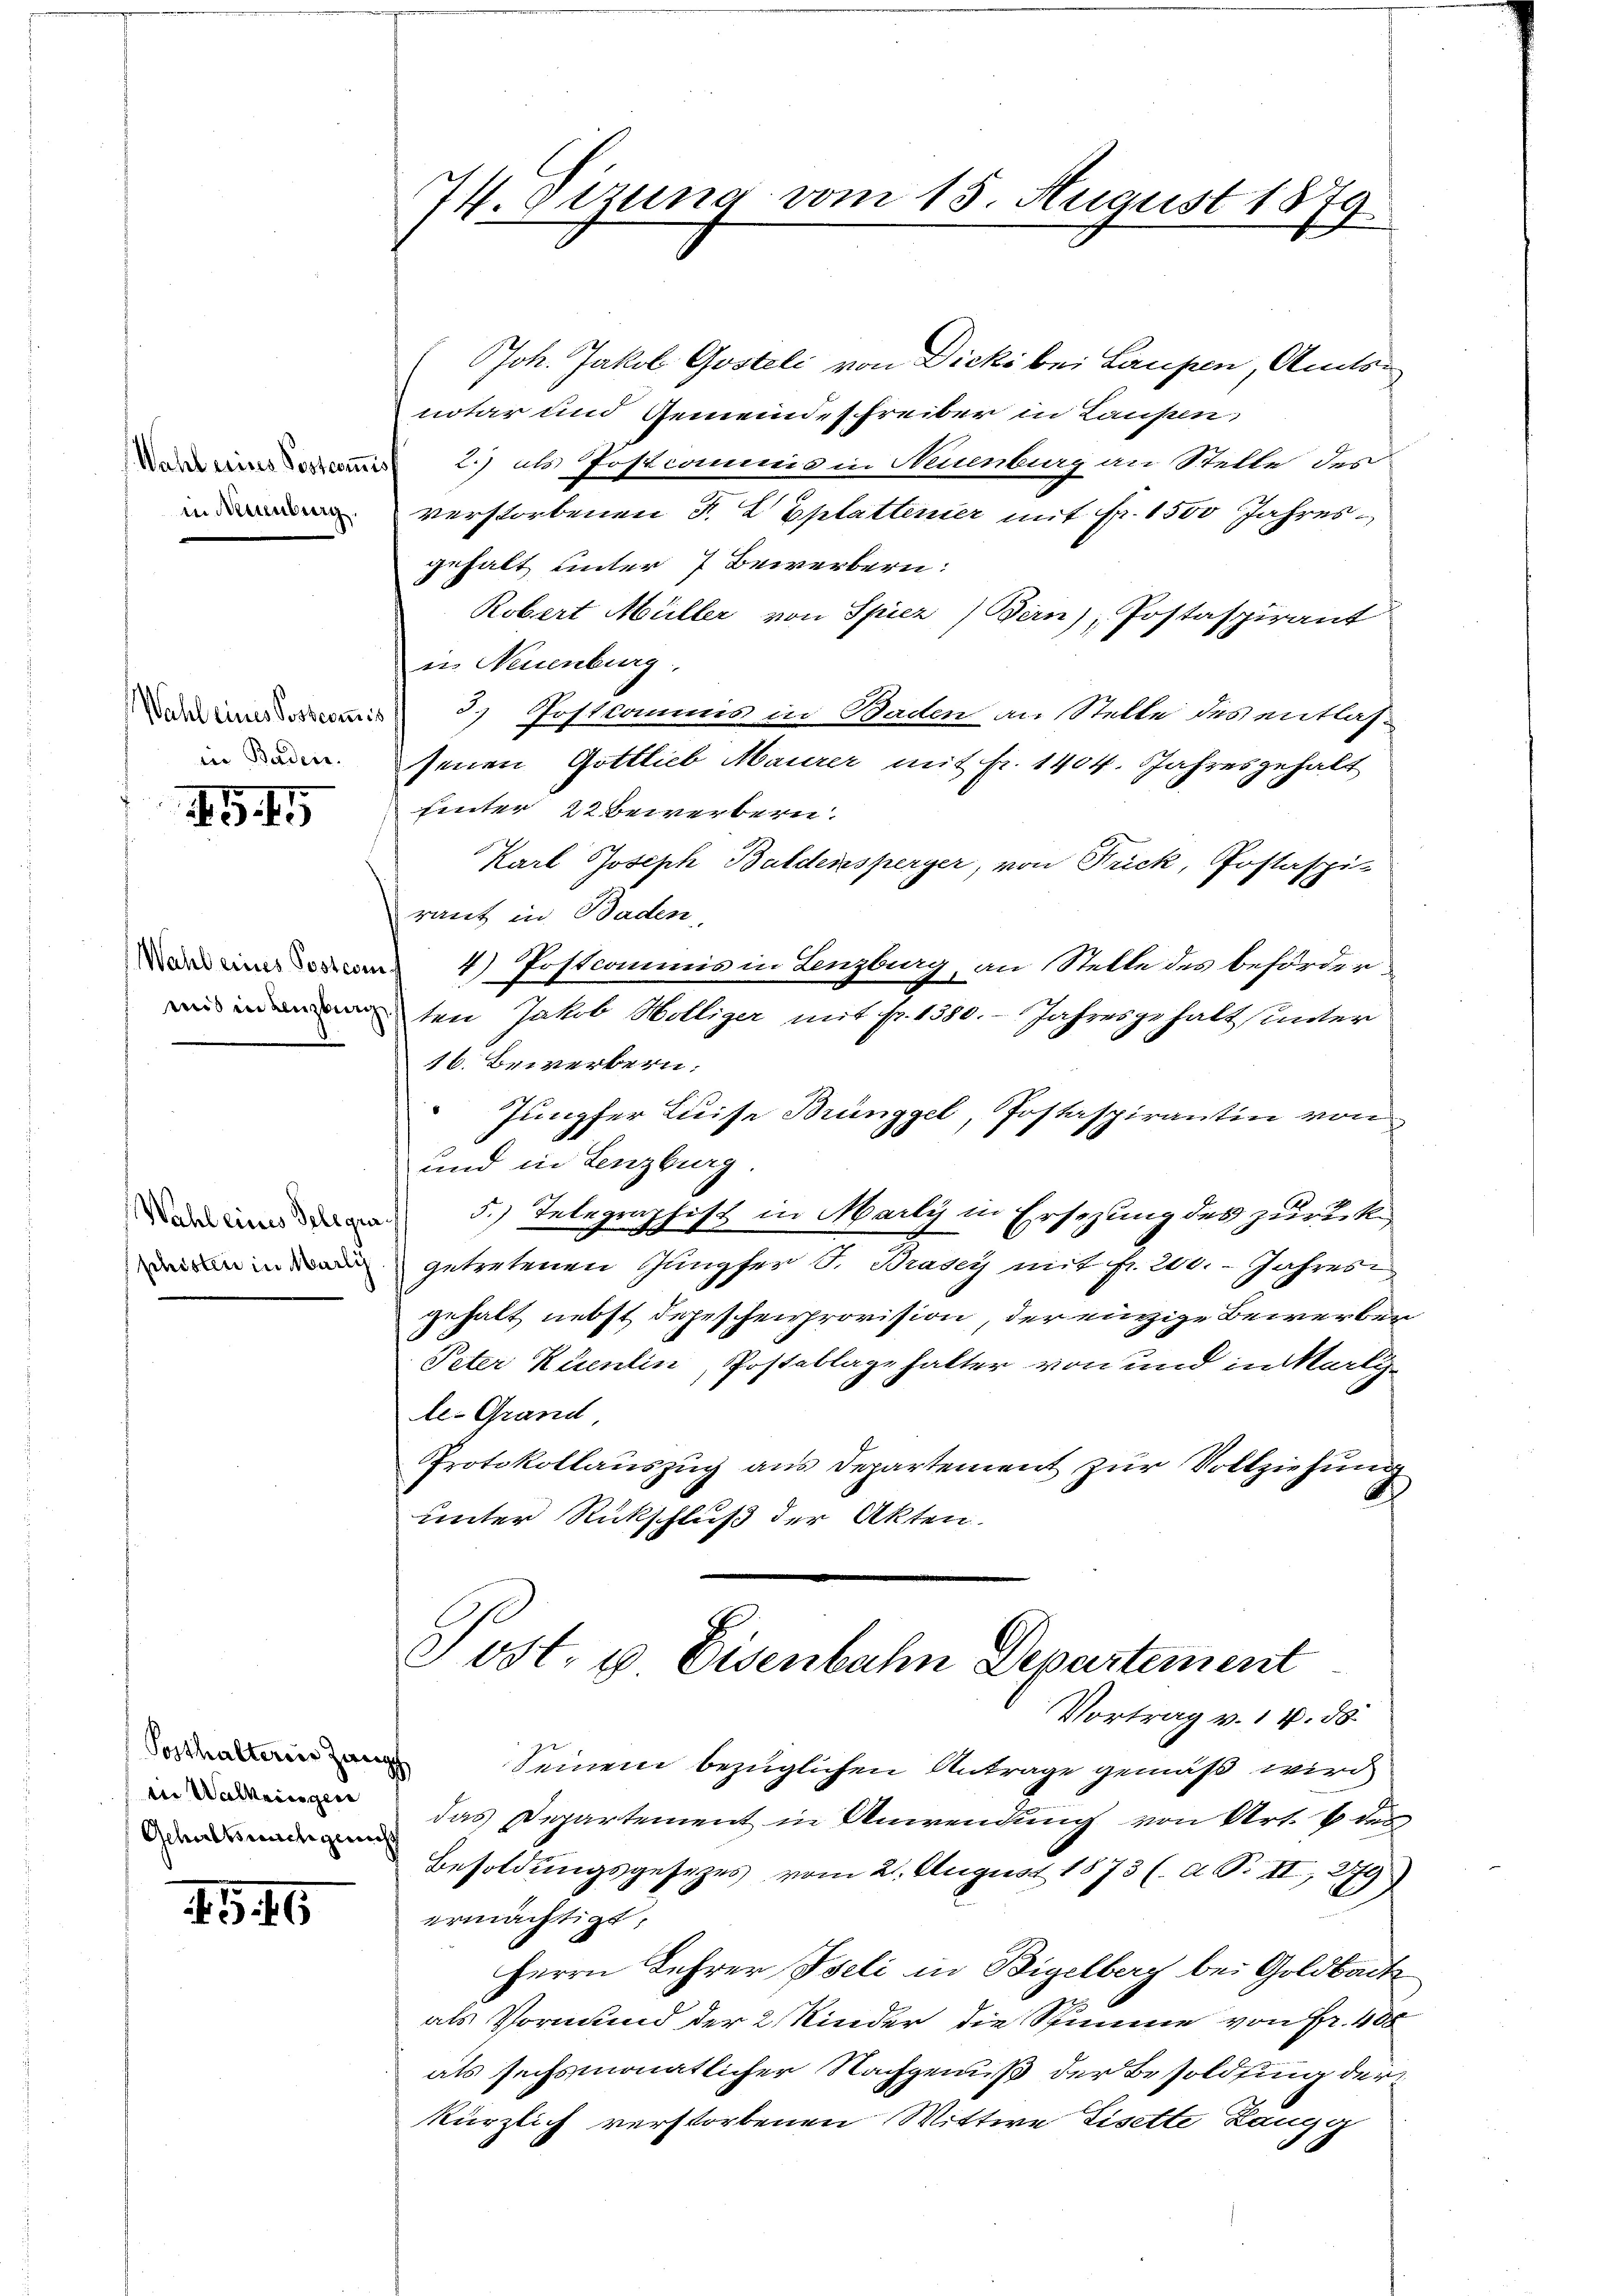
Wahl eines Postcommi
in Neuenburg.

Wahl eines Postern.
in Baden.
.G. 15

Wahl eines Postens
mid in Lenzbur

Wahl eines Telegii
phisten in Marli

Posthalterin Haup
in Walleingen
Gehalt nachgeach

.G. 16

I. Sitzung vom 15. August 1879

(Joh. Jakob Gosteli von Dicki bei Laupen, Amtsnotar und Gemeindeschreiber in Laupen,
2.) als Postcommnis in Neuenburg an Stelle des
verstorbenen F. L. Eplattener mit Fr. 1500 Jahresgehalt unter 7 Bewerbern:
Robert Müller von Spiez Bern), Postaspirant
u. Neuenburg,
3.) Postcommis in Baden an Stelle des entlas¬
Jenen Gottlieb Maurer mit fr. 1404. Jahresgehalt
hinter 22 bewerbern.
Karl Joseph Baldensperger, von Frick, Postaspi-
raut in Baden,
4) Postcommis in Lenzburg, an Stelle des behörden
ten Jakob Hölliger mit pr. 1380. Jahresgehalt unter
16. Bewerbern:
Jungfer Luise Brünggel, Postaspirantin von
und in Lenzburg.
5.) Telegraphist in Marly in Ersezung des zurückgetretenen Jungfer S. Braser mit fr. 240. Jahres
gehalt nebst depeschenprovision, der einzige Bewerber
Peter Ruentin, Postellazehalter von und in Marli
le-Grand
Protokollauszug aus Departement zur Vollziehung
unter Rückschluß der Akten.
Post- & Eisenbahn Departement
Vortrag v. 14. ds.
Seinem bezüglichen Antrage gemäß wird
das Departement in Anwendung von Art. 6 des
Besoldungsgesetzes vom 2. August 1873 ( a S. II, 279)
ermächtigt,
Herrn Lehrer Iseli in Bigelberg bei Goldbach
als Vormund der 2 Kinder die Stimme von Fr. 400
als sechsmonatlicher Nachgenuß der Besoldfing der
kürzlich verstorbenen Wittwe Lisette Langg